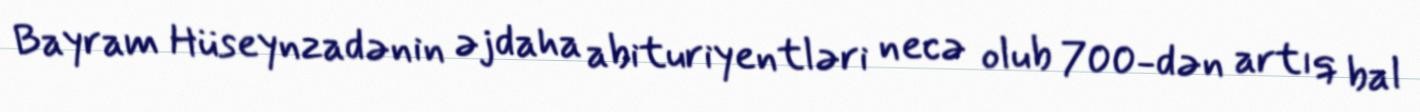
Bayram Hüseynzadənin əjdaha abituriyentləri necə olub 700-dən artıq bal